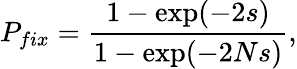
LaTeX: P_{fix}=\frac{1-\exp(-2s)}{1-\exp(-2Ns)},